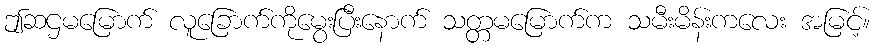
ဤဆဌမမြောက် လူခြောက်ကိုမွေးပြီးနောက် သတ္တမမြောက်က သမီးမိန်းကလေး အမြင့်။